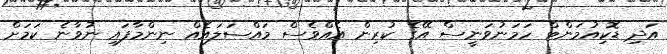
އަދި ޑޮކިއުމަންޓް ހަމަނުވަނީސް އޭގެ ކުރިން އެއްވެސް މައްސަލައެއް ނިންމާފައި ނުވާނެ ކަމަށް